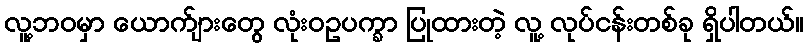
လူ့ဘဝမှာ ယောက်ျားတွေ လုံးဝဥပက္ခာ ပြုထားတဲ့ လူ့ လုပ်ငန်းတစ်ခု ရှိပါတယ်။